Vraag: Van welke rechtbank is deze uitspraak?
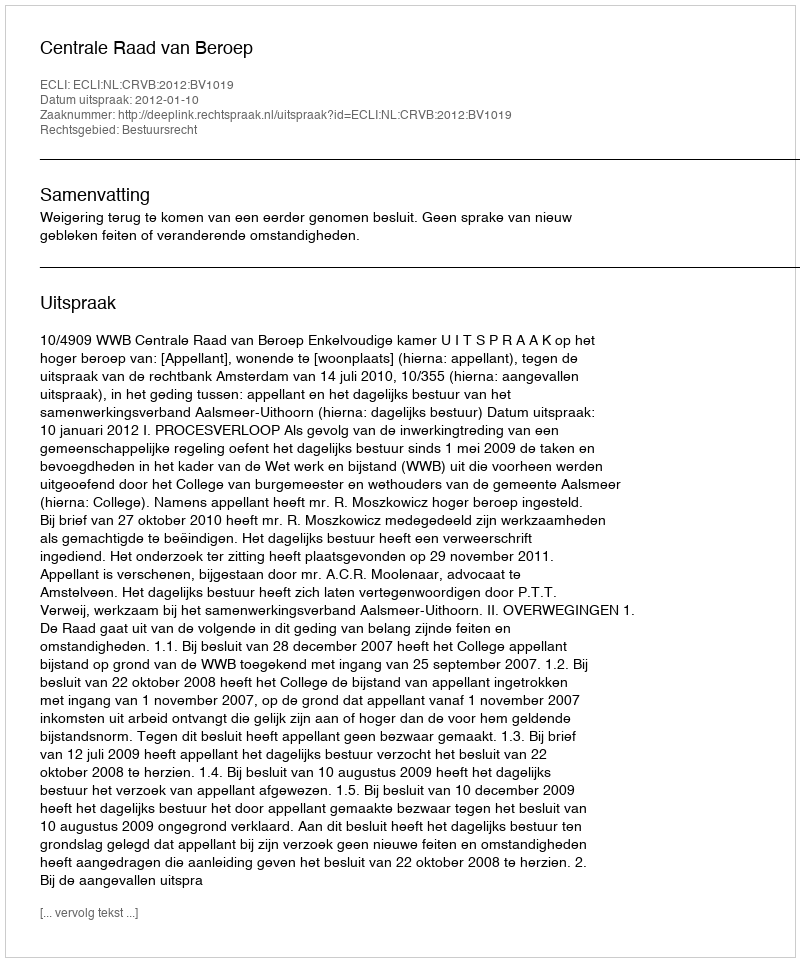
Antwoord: Centrale Raad van Beroep